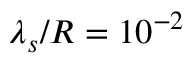
\lambda _ { s } / R = 1 0 ^ { - 2 }